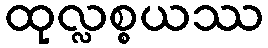
ထုလ္လစ္စယဿ